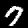
Digit: 7